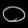
Digit: ၀